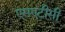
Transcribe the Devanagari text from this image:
एसएटीसी